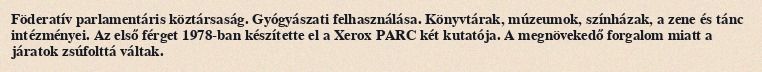
Föderatív parlamentáris köztársaság. Gyógyászati felhasználása. Könyvtárak, múzeumok, színházak, a zene és tánc intézményei. Az első férget 1978-ban készítette el a Xerox PARC két kutatója. A megnövekedő forgalom miatt a járatok zsúfolttá váltak.